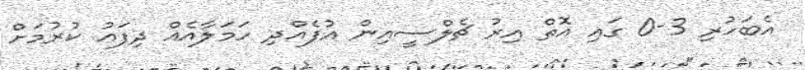
އެބަހުރި 3-0 ގައި އޮތް އިރު ޗެލްސީއިން އުފެއްދި ހަމަލާއެއް ދިފައު ކުރުމަށް